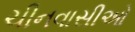
ચીનવાસીઓ